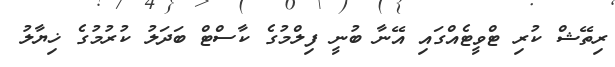
ރިތޭޝް ކުރި ޓްވީޓެއްގައި އޭނާ ބުނީ ފިލްމުގެ ކާސްޓް ބަދަލު ކުރުމުގެ ޚިޔާލު